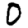
Digit: 0